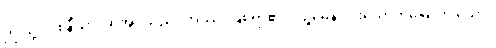
ဤသို့။ ဝစနီယာ၊ ဆိုအပ်သည်။ အဿ၊ ဖြစ်ရာ၏။ ပဉ္စမေန၊ ငါးယောက်မြောက် သော။